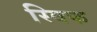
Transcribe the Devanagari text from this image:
स्विफ